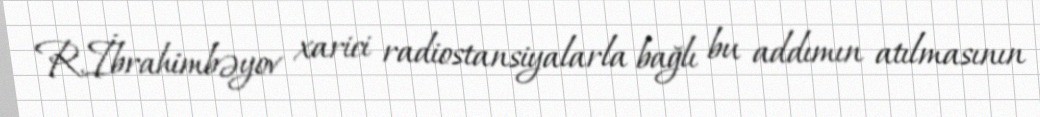
R.İbrahimbəyov xarici radiostansiyalarla bağlı bu addımın atılmasının